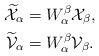
LaTeX: \begin{align*}\widetilde{\mathcal{X}}_\alpha &= W^\beta_\alpha\mathcal{X}_\beta, \\\widetilde{\mathcal{V}}_\alpha &= W^\beta_\alpha\mathcal{V}_\beta.\end{align*}